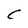
Character: C